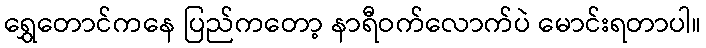
ရွှေတောင်ကနေ ပြည်ကတော့ နာရီဝက်လောက်ပဲ မောင်းရတာပါ။